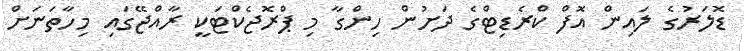
ޑޮލަރުގެ ލައިން އޮފް ކްރެޑިޓްގެ ދަށުން ހިންގާ މި ޕްރޮޖެކްޓަކީ ރާއްޖޭގައި މިހާތަނަށް